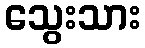
သွေးသား